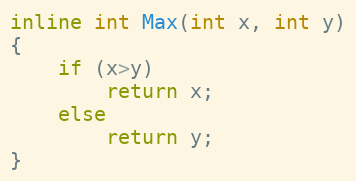
Language: C++
inline int Max(int x, int y)
{
	if (x>y)
		return x;
	else
		return y;
}